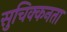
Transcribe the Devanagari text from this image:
सुचिक्कनता